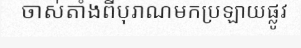
ចាស់តាំងពីបុរាណមកប្រឡាយផ្លូវ